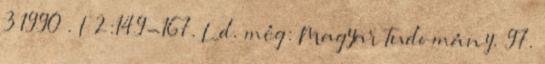
3 1990 . I 2:149-167. Ld. még: Magyar Tudomány. 97.